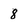
Character: 8